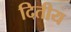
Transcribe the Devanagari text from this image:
दितीय